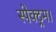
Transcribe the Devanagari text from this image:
स्पेक्ट्रम।